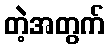
တဲ့အတွက်